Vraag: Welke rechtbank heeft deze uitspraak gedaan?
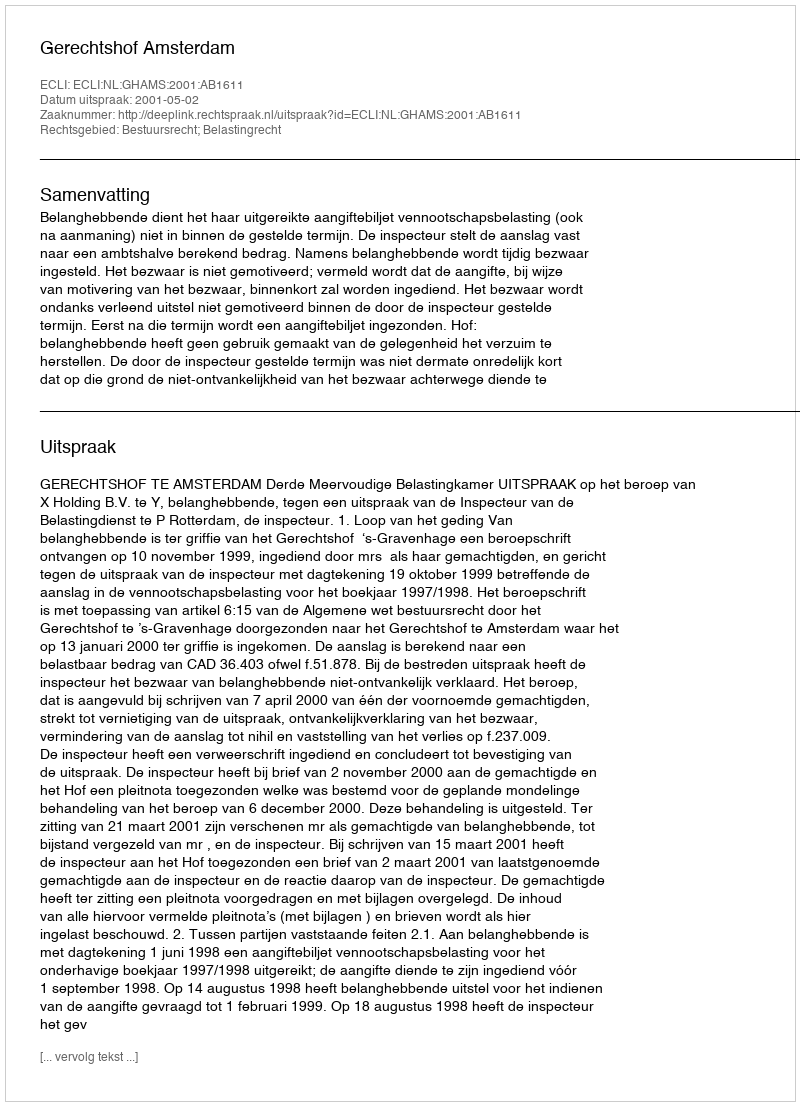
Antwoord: Gerechtshof Amsterdam